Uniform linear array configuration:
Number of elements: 64
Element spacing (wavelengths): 1
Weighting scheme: binomial
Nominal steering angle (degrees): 0
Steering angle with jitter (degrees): -1.185
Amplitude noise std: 0.05
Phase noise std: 0.05

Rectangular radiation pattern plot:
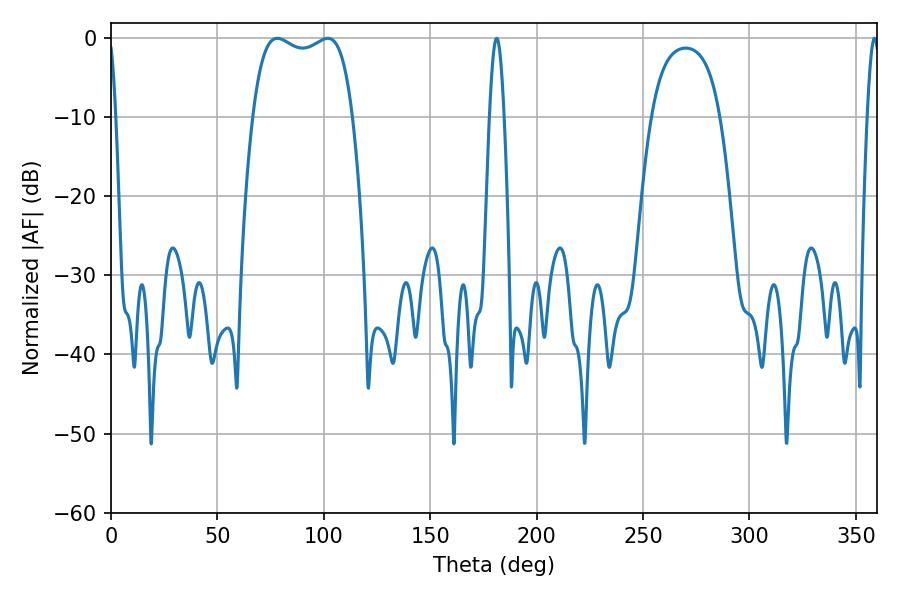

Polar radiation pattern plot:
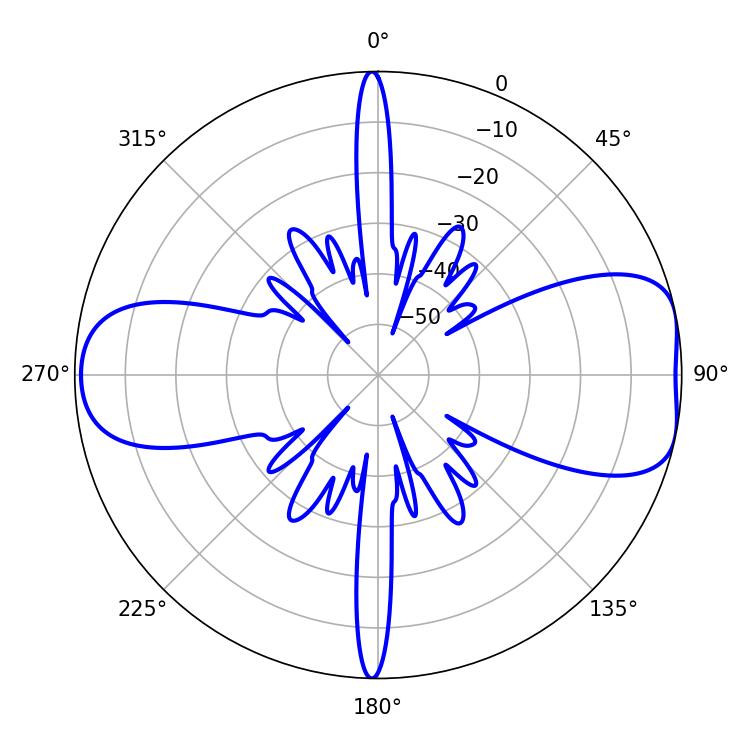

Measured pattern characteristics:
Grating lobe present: TRUE
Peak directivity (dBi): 8.058
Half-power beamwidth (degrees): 37.8
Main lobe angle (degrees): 78.12